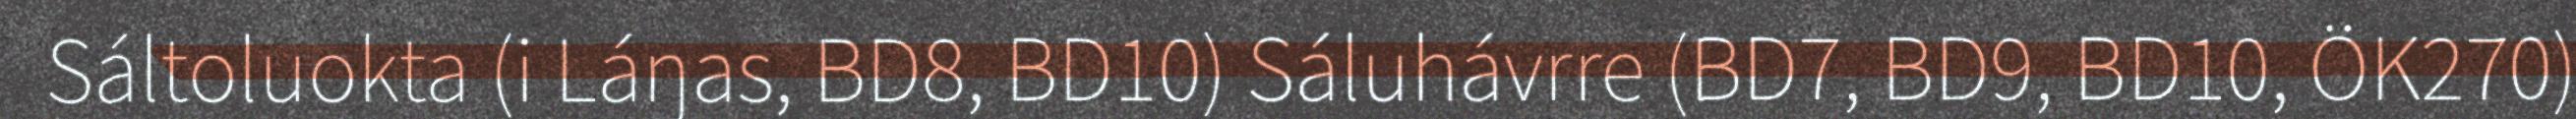
Sáltoluokta (i Láŋas, BD8, BD10) Sáluhávrre (BD7, BD9, BD10, ÖK270)